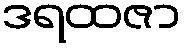
ဒရထဇာ